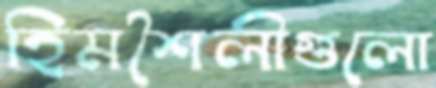
হিমশৈলীগুলো